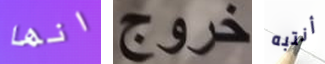
انها خروج أنتبه